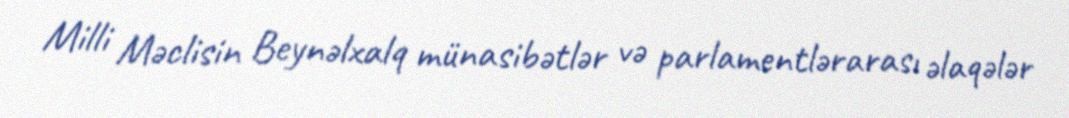
Milli Məclisin Beynəlxalq münasibətlər və parlamentlərarası əlaqələr